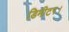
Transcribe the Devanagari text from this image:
डिमीटर।